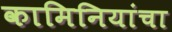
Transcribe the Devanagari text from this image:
कामिनियांचा